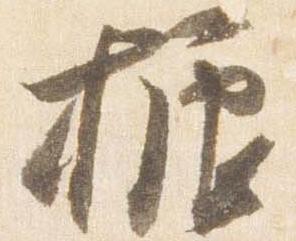
振